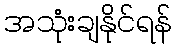
အသုံးချနိုင်ရန်